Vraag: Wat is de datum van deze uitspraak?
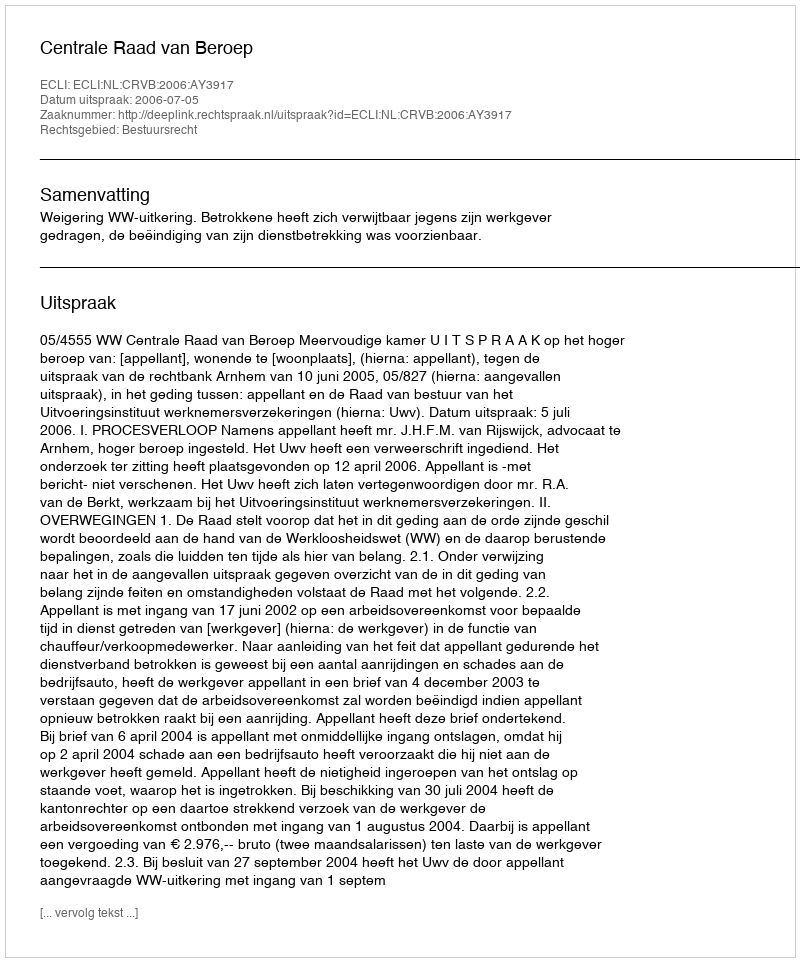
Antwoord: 2006-07-05